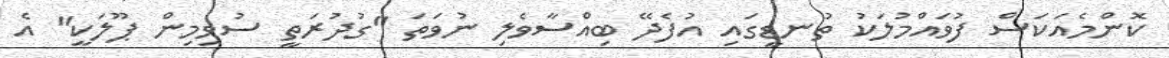
ކޮންމެއަކަސް ފުވައްމުލަކު ތުނޑީގައި އުފެދޭ ބިއްސާވެލި ނުވަތަ "ގުދުރަތީ ސުވިމިން ޕޫލަކީ" އެ